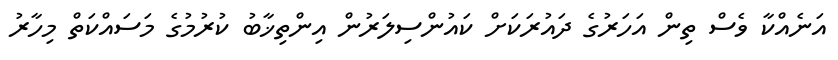
އަނެއްކާ ވެސް ތިން އަހަރުގެ ދައުރަކަށް ކައުންސިލަރުން އިންތިޚާބު ކުރުމުގެ މަސައްކަތް މިހާރު